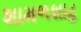
શામળશાહ